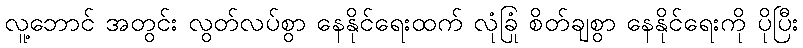
လူ့ဘောင် အတွင်း လွတ်လပ်စွာ နေနိုင်ရေးထက် လုံခြုံ စိတ်ချစွာ နေနိုင်ရေးကို ပိုပြီး